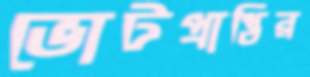
ভোটপ্রাপ্তির